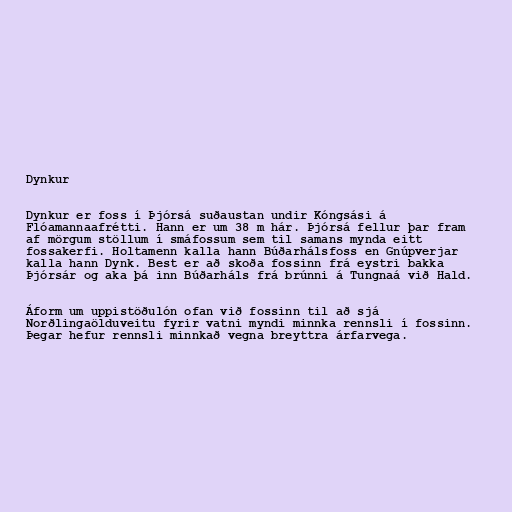
Dynkur

Dynkur er foss í Þjórsá suðaustan undir Kóngsási á
Flóamannaafrétti. Hann er um 38 m hár. Þjórsá fellur þar fram
af mörgum stöllum í smáfossum sem til samans mynda eitt
fossakerfi. Holtamenn kalla hann Búðarhálsfoss en Gnúpverjar
kalla hann Dynk. Best er að skoða fossinn frá eystri bakka
Þjórsár og aka þá inn Búðarháls frá brúnni á Tungnaá við Hald.

Áform um uppistöðulón ofan við foss­inn til að sjá
Norðlinga­öldu­veitu fyr­ir vatni myndi minnka rennsli í fossinn.
Þegar hefur rennsli minnkað vegna breyttra árfarvega.